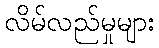
လိမ်လည်မှုများ